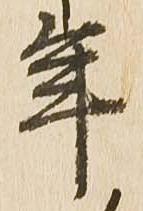
年